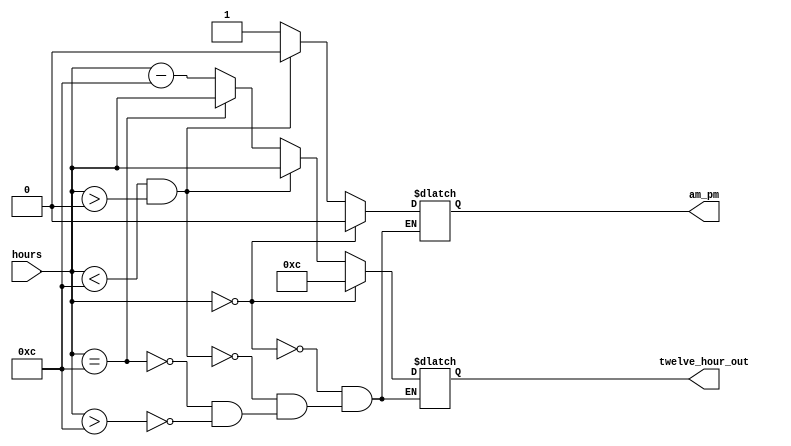
`timescale 1ns / 1ps


module twelve_hour( input [7:0] hours,
                    output reg am_pm,
                    output reg [7:0]twelve_hour_out
    );

always@(*)
begin
if (hours > 12) //if greater than 12, subtract 12 return that value, set pm
    begin
    am_pm <= 1;
    twelve_hour_out <= hours - 12;
    end
if (hours == 12) // if equal to 12 return that value, set pm
    begin
    am_pm <= 1;
    twelve_hour_out <= hours;
    end    
if ((hours < 12) && (hours > 0)) //if between 0 and 12, return that value set am
    begin
    am_pm <= 0;
    twelve_hour_out <= hours;
    end
if (hours == 0) //if equal to 0 return 12, set am
    begin
    am_pm <= 0;
    twelve_hour_out <= 12;
    end    
end
    

endmodule